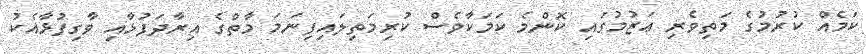
ކަމެއް ކުރުމުގެ މަތިވެރި ޢަޒުމުގައި ކޮންމެ ކަމަކާވެސް ކުރިމަތިލައިފިނަމަ މާތްގެ އިރާދަފުޅާއި ވާގިފުޅާއެކު